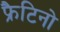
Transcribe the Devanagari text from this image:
फ्रैटिनो